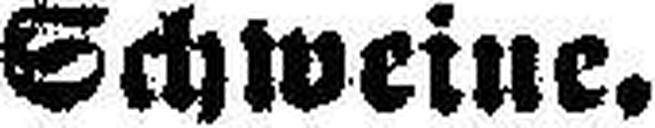
Schweine.